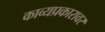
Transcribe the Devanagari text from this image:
काव्यप्रकारावर